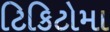
ટિકિટોમા